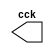
//---------------------------
//Nome: Alvaro Henrique
//Matrcula: 395487
//---------------------------

//--------------------------
// -- Guia09 Exercicio 02 --
//--------------------------

 //----------------------
 //-- Clock
 //----------------------
 
 
 module clock ( cck );
 
 output cck;
 reg    cck;

  initial
   begin
    cck = 1'b0;
   end

  always
   begin
    #12 cck = ~cck;
   end 
 endmodule


 module exercicio02(signal,clock);

 input  clock;
 output signal;
 reg    signal;

   initial
    begin
     signal = 1'b0;
    end

   always
    begin
     #48 signal = ~signal;
	
   end
 endmodule


 
 //-------------------------
 //-- Teste do Ex2
 //-------------------------
 
 module teste;

 wire  clock;
 clock cck1 ( clock );
 wire saida;
 
 exercicio02 EX02 (saida,clock);

 initial begin
  $display("Guia 9 - Ex2 - Alvaro Henrique - 395487 \n");
  $dumpfile ( "Guia09Ex02.vcd" );
  $dumpvars (1,clock,saida);
  #120 $finish;
  
 end
 endmodule 
 
 //-----------------
 //-- Fim Guia 02 --
 //-----------------